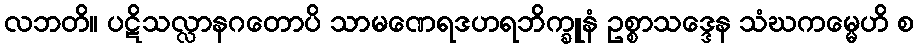
လဘတိ။ ပဋိသလ္လာနဂတောပိ သာမဏေရဒဟရဘိက္ခူနံ ဥစ္စာသဒ္ဒေန သံဃကမ္မေဟိ စ